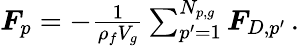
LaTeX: \begin{array}{r}{\boldsymbol{F}_{p}=-\frac{1}{\rho_{f}V_{g}}\sum_{p^{\prime}=1}^{N_{p,g}}\boldsymbol{F}_{D,p^{\prime}}\, .}\end{array}